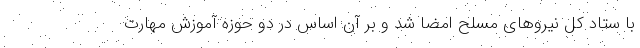
با ستاد کل نیروهای مسلح امضا شد و بر آن اساس در دو حوزه آموزش مهارت